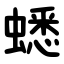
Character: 蟋